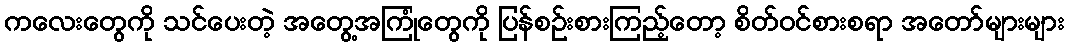
ကလေးတွေကို သင်ပေးတဲ့ အတွေ့အကြုံတွေကို ပြန်စဉ်းစားကြည့်တော့ စိတ်ဝင်စားစရာ အတော်များများ